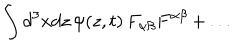
\int d ^ { 3 } x d z \, \psi ( z , t ) \, F _ { \alpha \beta } F ^ { \alpha \beta } \, + \, . . .